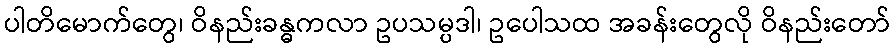
ပါတိမောက်တွေ၊ ဝိနည်းခန္ဓကလာ ဥပသမ္ပဒါ၊ ဥပေါသထ အခန်းတွေလို ဝိနည်းတော်